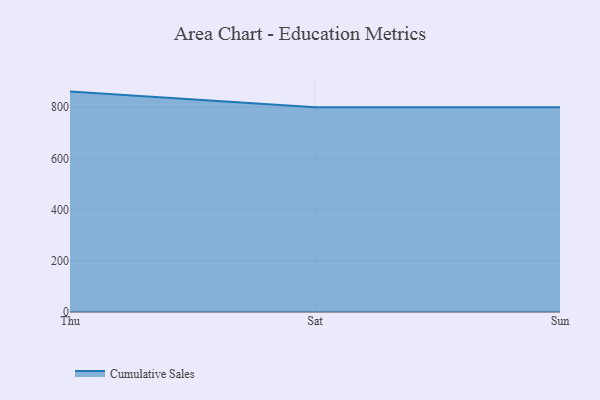
{"axis": {"x": "Day", "y": "Tickets Resolved"}, "legend": ["Cumulative Sales"], "data": [{"x": "Thu", "y": 861.3, "type": "Cumulative Sales"}, {"x": "Sat", "y": 800, "type": "Cumulative Sales"}, {"x": "Sun", "y": 800, "type": "Cumulative Sales"}]}